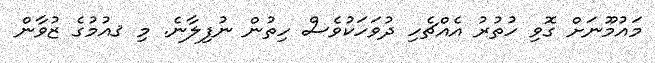
މައުމޫނަށް ގޮވި ހުތުރު އެެއްޗެހި ދުވަހަކުވެސް ހިތުން ނުފިލާނެ. މި ޤއުމުގެ ޒުވާން